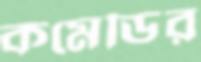
কমেডির